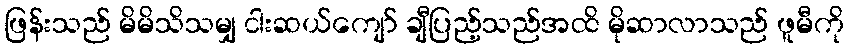
ဖြန်းသည် မိမိသိသမျှ ငါးဆယ်ကျော် ချီပြည့်သည်အထိ မိုဆာလာသည် ဖူမီကို